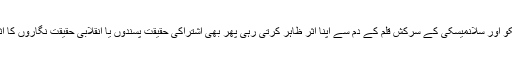
زمیائن وایوانوف ’م‘ زوشجینکو اور سلانمیسکی کے سرکش قلم کے دم سے اپنا اثر ظاہر کرتی رہی پھر بھی اشتراکی حقیقت پسندوں یا انقلابی حقیقت نگاروں کا اثر مذاق عام پر طاری ہو گیا۔